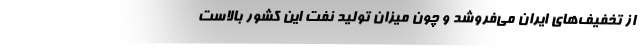
از تخفیف‌های ایران می‌فروشد و چون میزان تولید نفت این كشور بالاست